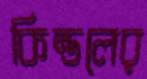
কিন্ডলের